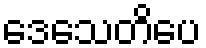
ဒေသေတိပေ